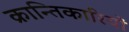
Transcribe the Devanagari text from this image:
क्रान्‍तिकारियों